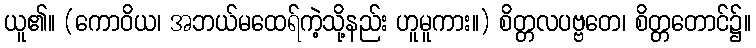
ယူ၏။ (ကောဝိယ၊ အဘယ်မထေရ်ကဲ့သို့နည်း ဟူမူကား။) စိတ္တလပဗ္ဗတေ၊ စိတ္တတောင်၌။